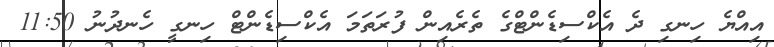
އިއްޔެ ހިނގި ދެ އެކްސިޑެންޓްގެ ތެރެއިން ފުރަތަމަ އެކްސިޑެންޓް ހިނގީ ހެނދުނު 11:50